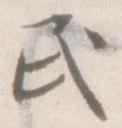
民